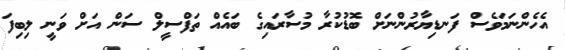
އެހެންނަމަވެސް ފަނޑިޔާރުންނަށް ބޮޑުކުރާ މުސާރައިގެ ބައެއް ތަފްސީލް ސަން އަށް ވަނީ ލިބިފަ